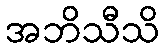
အဘိသီသိ